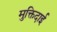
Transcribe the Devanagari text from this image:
मुक्तिदाई